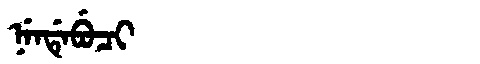
Manchu: ᠨᡝᠨᡩᡝᠪᡠᠴᡳ
Romanization: NENDEBUCI